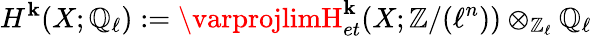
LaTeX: H^{\mathbf{k}}(X;\mathbb{{Q}}_{\ell}):=\varprojlimH_{et}^{\mathbf{k}}(X;\mathbb{{Z}}/(\ell^{n}))\otimes_{\mathbb{{Z}}_{\ell}}\mathbb{{Q}}_{\ell}